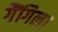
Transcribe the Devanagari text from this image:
गैंगिला